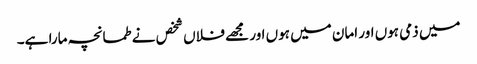
میں ذمی ہوں اور امان میں ہوں اور مجھے فلاں شخص نے طمانچہ مارا ہے۔